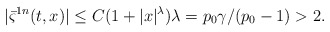
\begin{align*}|\bar \varsigma^{1n}(t,x)| \leq C(1+|x|^\lambda) \lambda= p_0 \gamma/(p_0-1)>2.\end{align*}